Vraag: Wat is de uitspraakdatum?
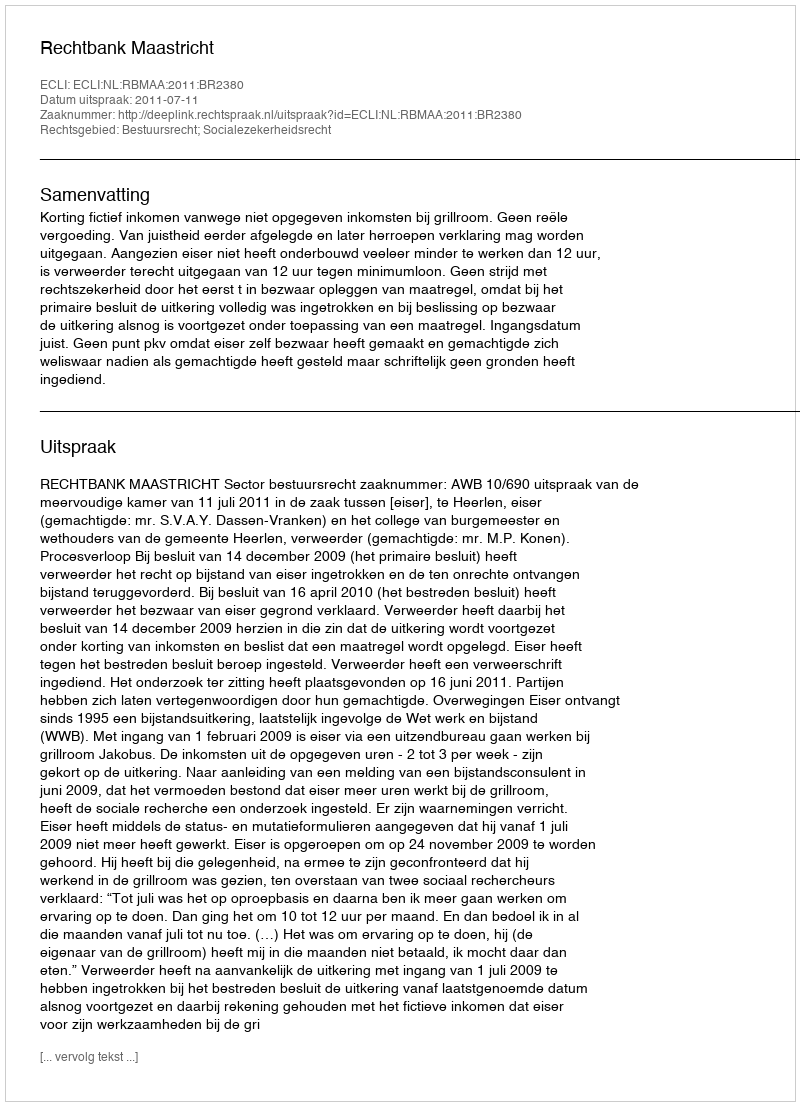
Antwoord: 2011-07-11